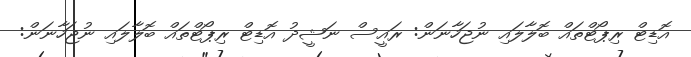
އޮޑިޓް ރިޕޯޓްތައް ބޮލާލައި ނުޖަހާނަން: ރައީސް ނަޝީދު އޮޑިޓް ރިޕޯޓްތައް ބޮލާލައި ނުޖަހާނަން: